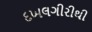
દખલગીરીથી